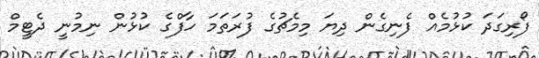
ފޯރިގަދަ ކުޅުމެއް ފެނިގެން ދިޔަ މިމެޗުގެ ފުރަތަމަ ހާފްގެ ކުޅުން ނިމުނީ ދެޓީމް